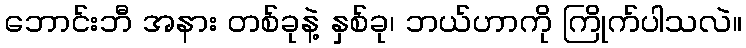
ဘောင်းဘီ အနား တစ်ခုနဲ့ နှစ်ခု၊ ဘယ်ဟာကို ကြိုက်ပါသလဲ။